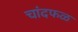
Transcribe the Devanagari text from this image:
चांदफळ